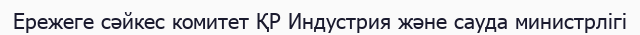
Ережеге сәйкес комитет ҚР Индустрия және сауда министрлігі